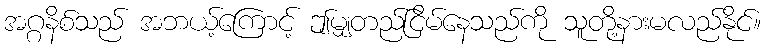
အဂ္ဂနိစ်သည် အဘယ့်ကြောင့် ဤမျှတည်ငြိမ်နေသည်ကို သူတို့နားမလည်နိုင်။